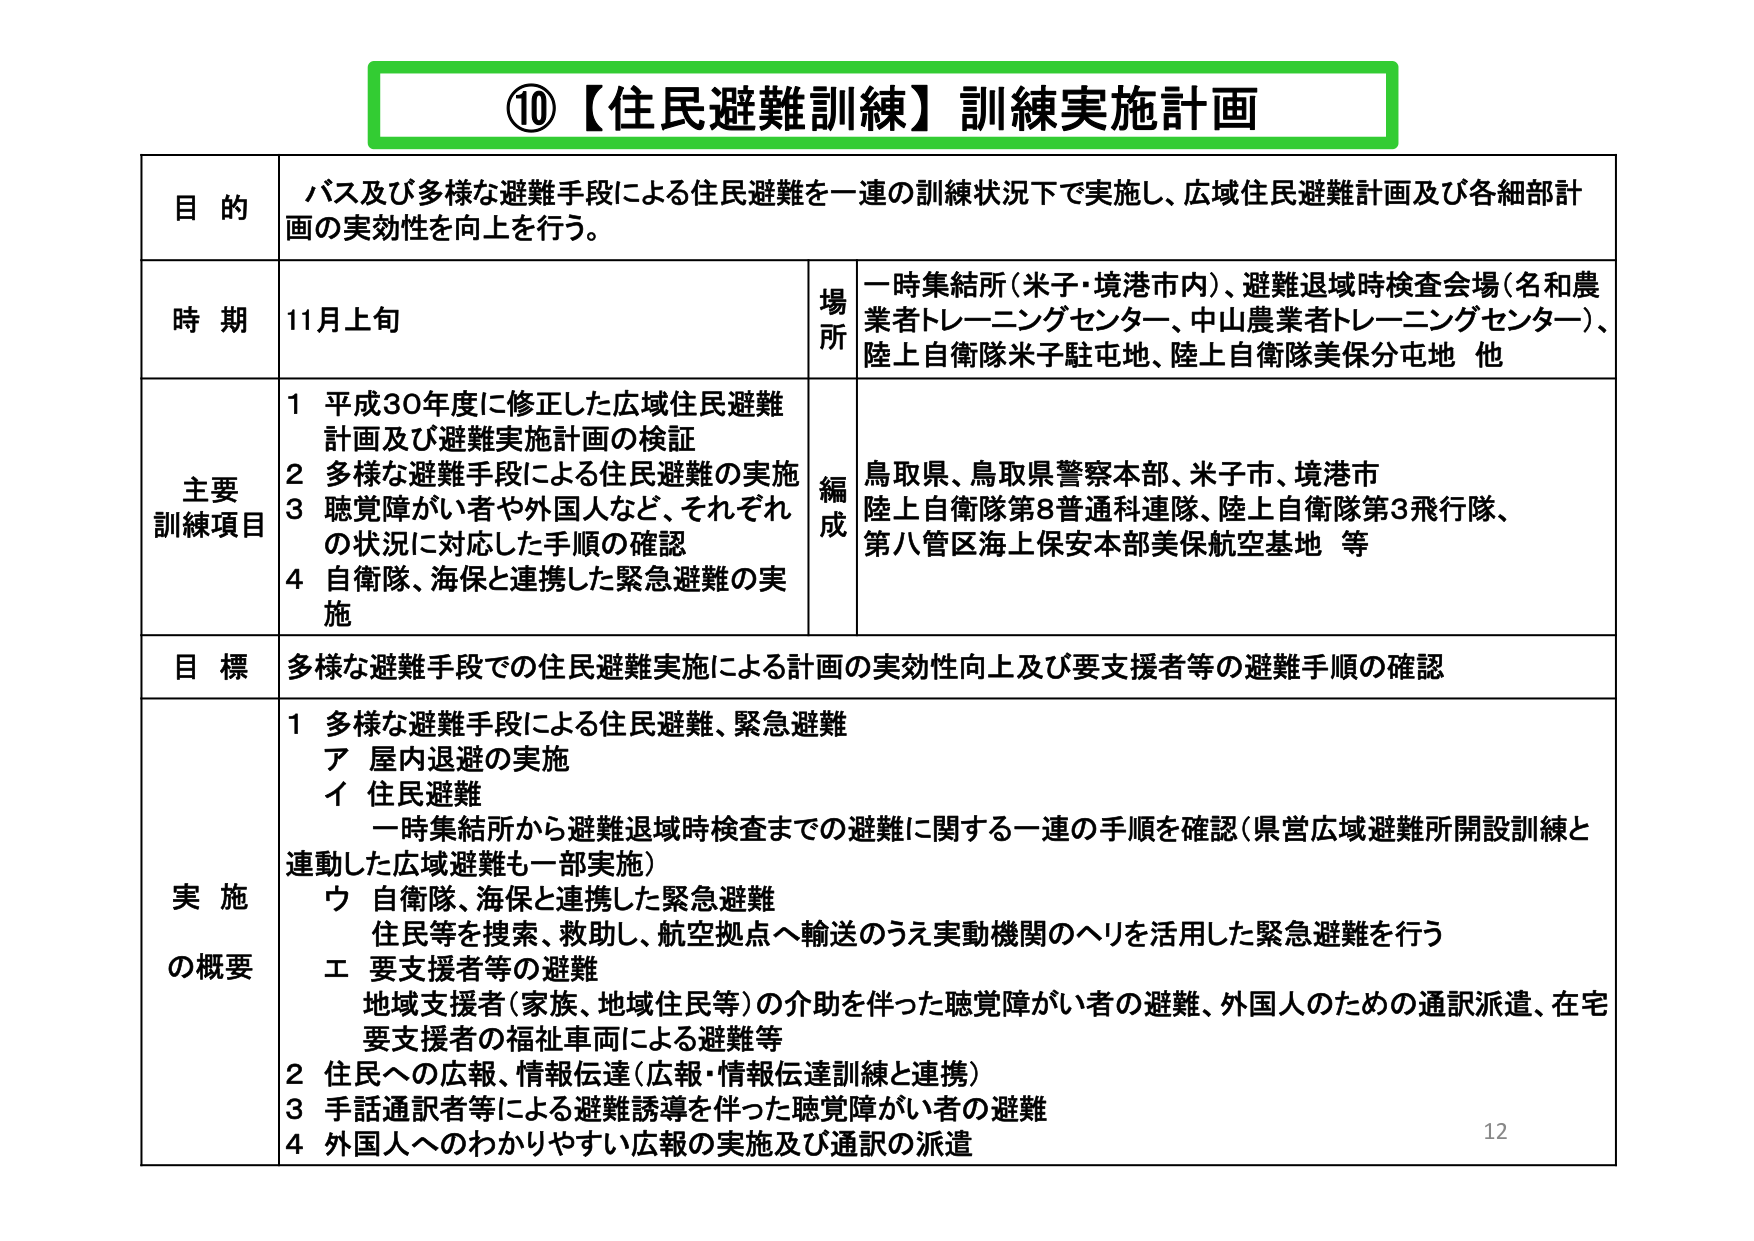
⑩【住民避難訓練】訓練実施計画

目的
バス及び多様な避難手段による住民避難を一連の訓練状況下で実施し、広域住民避難計画及び各細部計画の実効性を向上を行う。

時期
11月上旬

場所
一時集結所（米子・境港市内）、避難退域時検査会場（名和農業者トレーニングセンター、中山農業者トレーニングセンター）、陸上自衛隊米子駐屯地、陸上自衛隊美保分屯地 他

主要訓練項目
1 平成30年度に修正した広域住民避難計画及び避難実施計画の検証
2 多様な避難手段による住民避難の実施
3 聴覚障がい者や外国人など、それぞれの状況に対応した手順の確認
4 自衛隊、海保と連携した緊急避難の実施

編成
鳥取県、鳥取県警察本部、米子市、境港市
陸上自衛隊第8普通科連隊、陸上自衛隊第3飛行隊、
第八管区海上保安本部美保航空基地 等

目標
多様な避難手段での住民避難実施による計画の実効性向上及び要支援者等の避難手順の確認

実施の概要
1 多様な避難手段による住民避難、緊急避難
　ア 屋内退避の実施
　イ 住民避難
　　　一時集結所から避難退域時検査までの避難に関する一連の手順を確認（県営広域避難所開設訓練と連動した広域避難も一部実施）
　ウ 自衛隊、海保と連携した緊急避難
　　　住民等を捜索、救助し、航空拠点へ輸送のうえ実動機関のヘリを活用した緊急避難を行う
　エ 要支援者等の避難
　　　地域支援者（家族、地域住民等）の介助を伴った聴覚障がい者の避難、外国人のための通訳派遣、在宅要支援者の福祉車両による避難等
2 住民への広報、情報伝達（広報・情報伝達訓練と連携）
3 手話通訳者等による避難誘導を伴った聴覚障がい者の避難
4 外国人へのわかりやすい広報の実施及び通訳の派遣

12